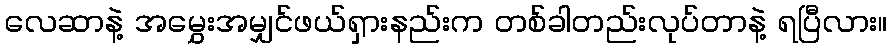
လေဆာနဲ့ အမွှေးအမျှင်ဖယ်ရှားနည်းက တစ်ခါတည်းလုပ်တာနဲ့ ရပြီလား။